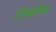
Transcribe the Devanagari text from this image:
विमर्षतेचा